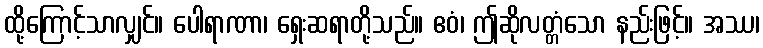
ထို့ကြောင့်သာလျှင်။ ပေါရာဏာ၊ ရှေးဆရာတို့သည်။ ဧဝံ၊ ဤဆိုလတ္တံသော နည်းဖြင့်။ အဿ၊